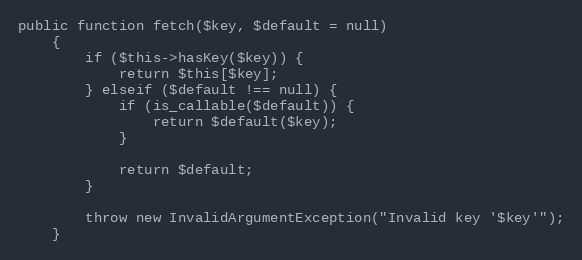
Language: PHP
public function fetch($key, $default = null)
    {
        if ($this->hasKey($key)) {
            return $this[$key];
        } elseif ($default !== null) {
            if (is_callable($default)) {
                return $default($key);
            }

            return $default;
        }

        throw new InvalidArgumentException("Invalid key '$key'");
    }